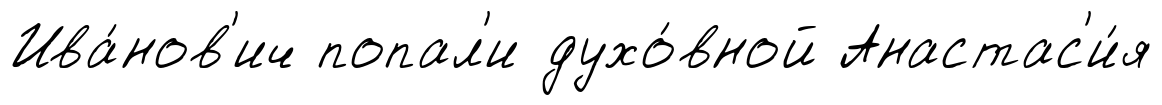
Ива́нов'ич попал'и духо́вной Анастас'и́я